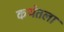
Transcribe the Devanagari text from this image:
कथेतला